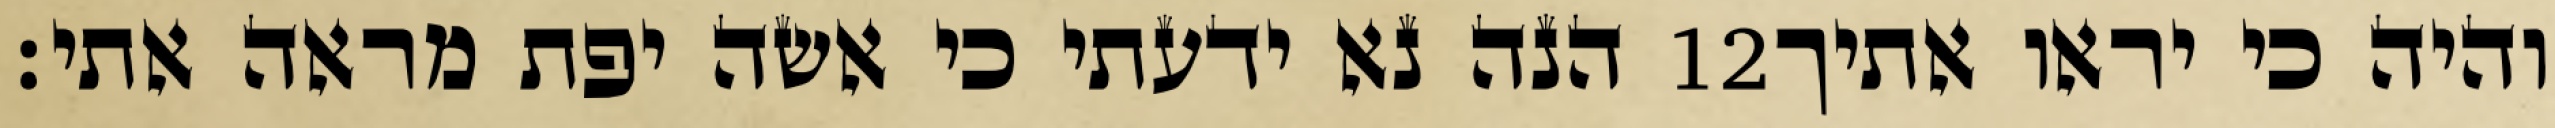
הנה נא ידעתי כי אשה יפת מראה אתי׃ ‎12‏ והיה כי יראו אתיך